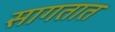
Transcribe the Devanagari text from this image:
सागतात